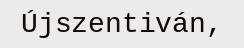
Újszentiván,